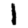
Digit: 1